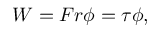
W = F r \phi = \tau \phi ,